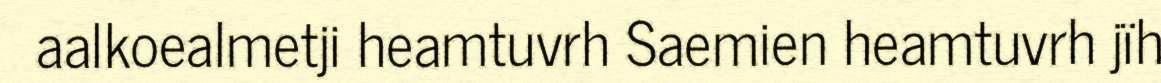
aalkoealmetji heamtuvrh Saemien heamtuvrh jïh